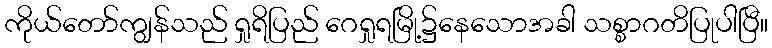
ကိုယ်တော်ကျွန်သည် ရှုရိပြည် ဂေရှုရမြို့၌နေသောအခါ သစ္စာဂတိပြုပါပြီ။